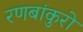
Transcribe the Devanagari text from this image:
रणबांकुरो